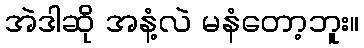
အဲဒါဆို အနံ့လဲ မနံတော့ဘူး။